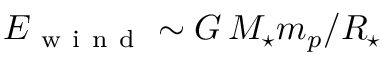
E _ { \mathrm { ~ w ~ i ~ n ~ d ~ } } \sim G \, M _ { \star } m _ { p } / R _ { \star }